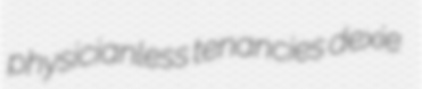
physicianless tenancies dexie